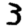
Digit: 3